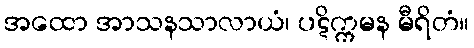
အထော အာသနသာလာယံ၊ ပဋိက္ကမန မီရိတံ။